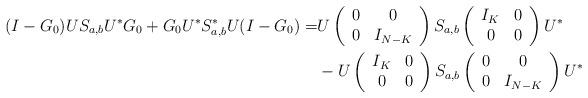
LaTeX: \begin{align*}(I-G_0) US_{a,b} U^* G_0 + G_0 U^* S_{a,b}^* U (I-G_0) = & U \left(\begin{array}{cc} 0 & 0\\ 0 & I_{N-K} \end{array}\right)S_{a,b} \left(\begin{array}{cc} I_K & 0\\ 0 & 0 \end{array}\right) U^* \\& - U \left(\begin{array}{cc} I_K & 0\\ 0 & 0 \end{array}\right)S_{a,b} \left(\begin{array}{cc} 0 & 0\\ 0 & I_{N-K} \end{array}\right) U^*\end{align*}